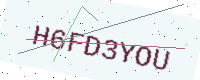
Text: H6FD3YOU